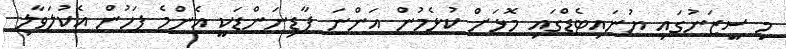
މި ސީޒަނުގައި ޔުނައިޓެޑްގައި މޮޅަށް ކުޅެމުން އަންނަ ފާޑިނަންޑަކީ އެންމެ ފަހުން އެކުލަވާލި